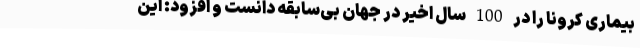
بیماری کرونا را در 100 سال اخیر در جهان بی‌سابقه دانست و افزود: این